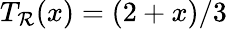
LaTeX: T_{\mathcal{R}}(x)=(2+x)/3